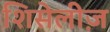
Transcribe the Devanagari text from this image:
शिसेलीज़